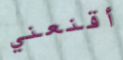
أقنعني